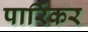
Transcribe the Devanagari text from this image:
पार्रिकर